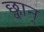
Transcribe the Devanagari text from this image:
छ्वान्